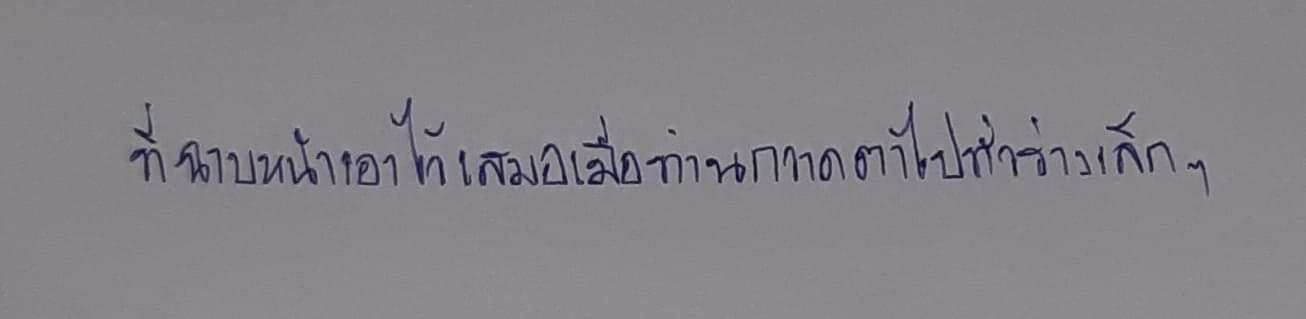
ที่ฉาบหน้าเอาไว้เสมอเมื่อท่านกวาดตาไปทั่วร่างเล็กๆ